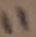
Text: 11